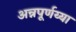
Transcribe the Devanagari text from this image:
अन्नपूर्णय्या